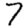
Digit: 7